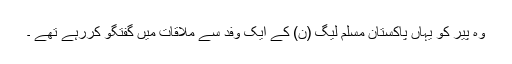
وہ پیر کو یہاں پاکستان مسلم لیگ (ن) کے ایک وفد سے ملاقات میں گفتگو کررہے تھے ۔